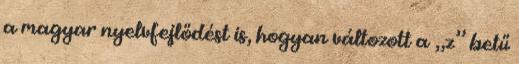
a magyar nyelvfejlődést is, hogyan változott a „z” betű